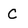
Character: C